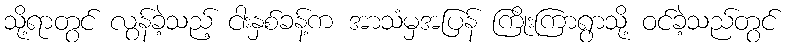
သို့ရာတွင် လွန်ခဲ့သည့် ငါးနှစ်ခန့်က အာသံမှအပြန် ကြိုးကြာရွာသို့ ဝင်ခဲ့သည်တွင်